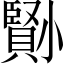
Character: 𡮺